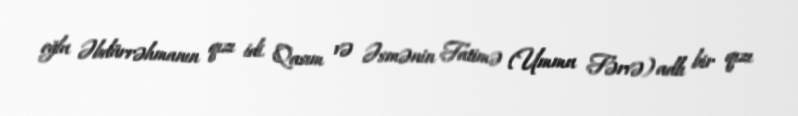
oğlu Əbdürrəhmanın qızı idi. Qasım və Əsmənin Fatimə (Ummu Fərvə) adlı bir qızı